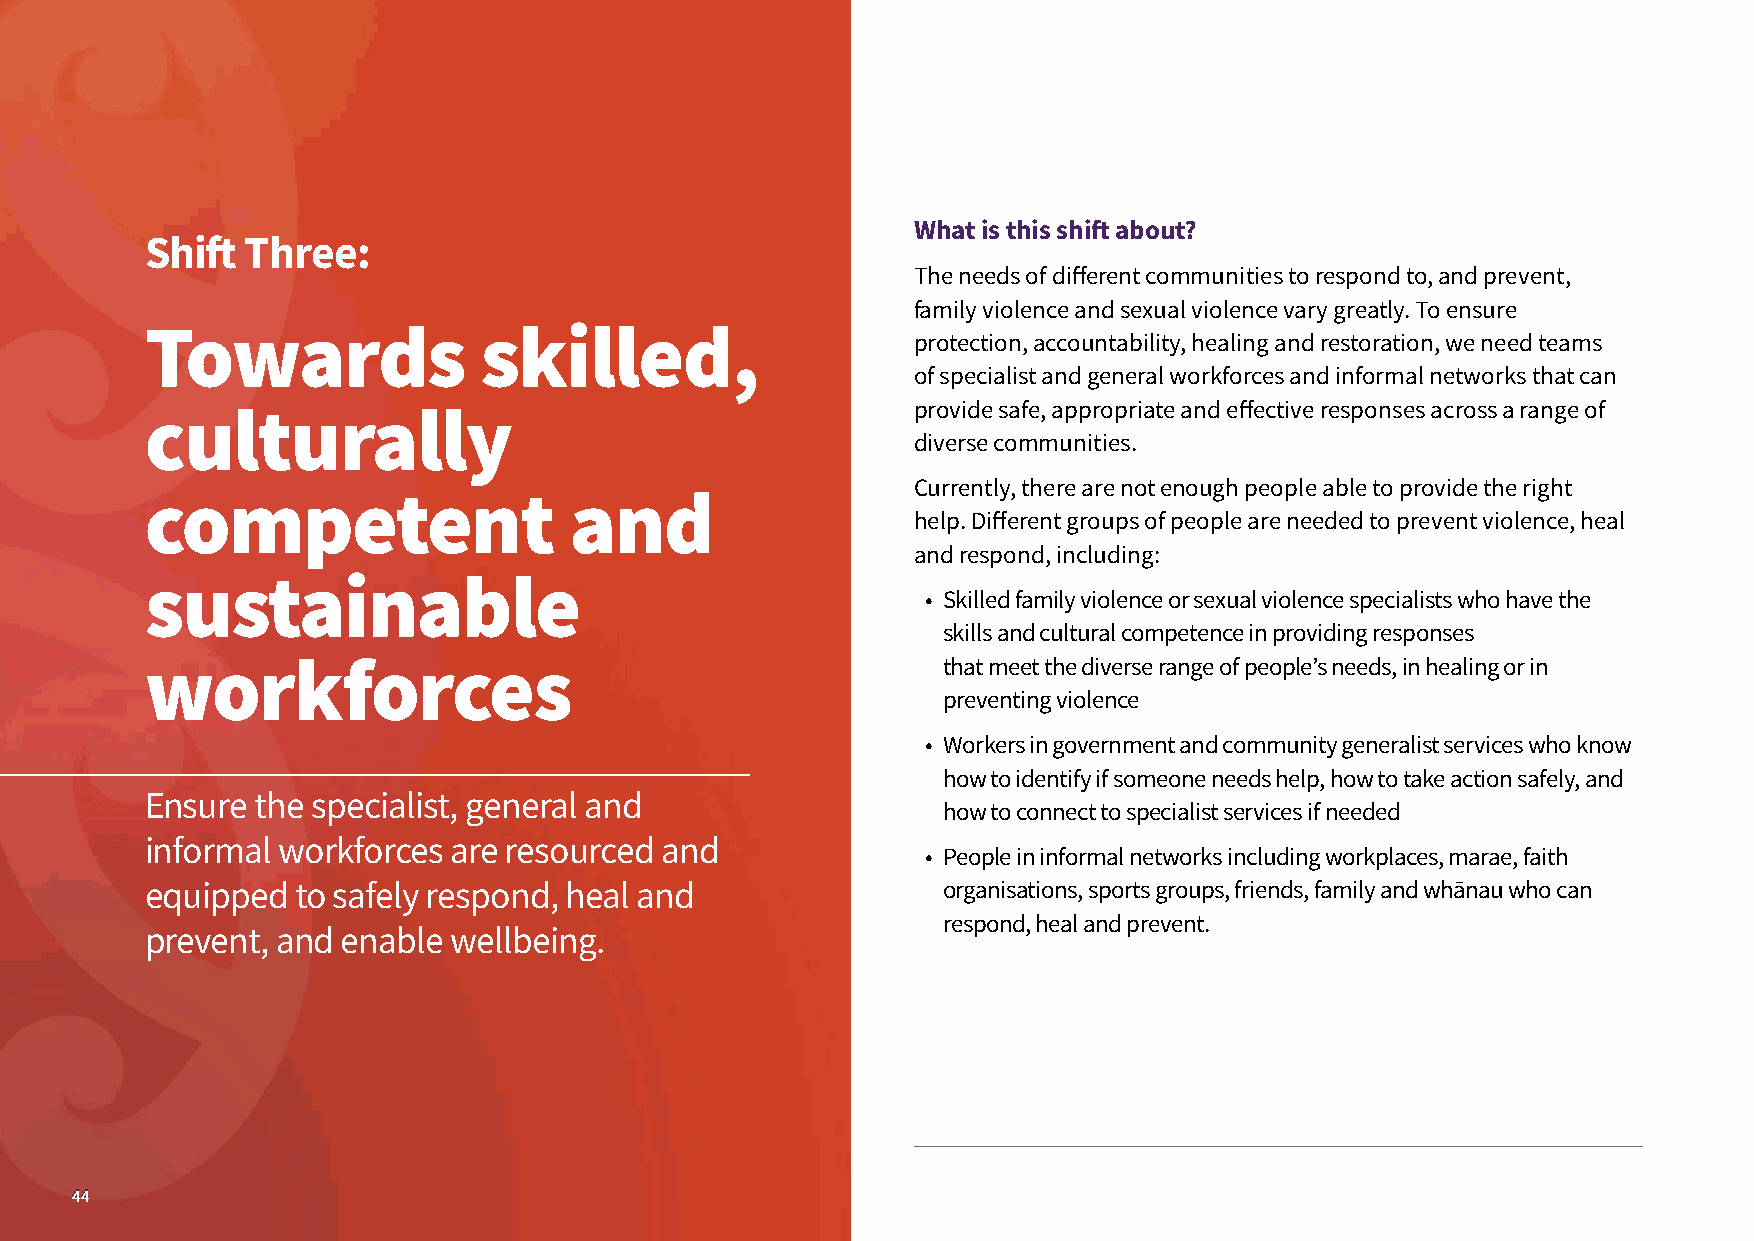
What is this shift about?
 Shift Three:
 The needs of different communities to respond to, and prevent,
 family violence and sexual violence vary greatly. To ensure
 Towards               skilled,                    protection, accountability, healing and restoration, we need teams
 of specialist and general workforces and informal networks that can
 provide safe, appropriate and effective responses across a range of
 culturally
 diverse communities.
 Currently, there are not enough people able to provide the right
 competent                   and
 help. Different groups of people are needed to prevent violence, heal
 and respond, including:
 sustainable
 • Skilled family violence or sexual violence specialists who have the
 skills and cultural competence in providing responses
 workforces                                          that meet the diverse range of people’s needs, in healing or in
 preventing violence
 • Workers in government and community generalist services who know
 how to identify if someone needs help, how to take action safely, and
 Ensure the specialist, general and
 how to connect to specialist services if needed
 informal workforces are resourced and
 • People in informal networks including workplaces, marae, faith
 equipped  to safely respond, heal and               organisations, sports groups, friends, family and whānau who can
 respond, heal and prevent.
 prevent, and enable wellbeing.
 4444